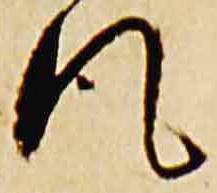
風